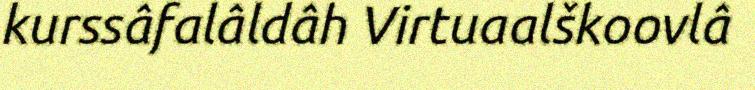
kurssâfalâldâh Virtuaalškoovlâ